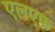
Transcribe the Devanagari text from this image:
एलएफ